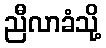
ညီလာခံသို့